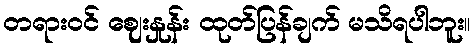
တရားဝင် ဈေးနှုန်း ထုတ်ပြန်ချက် မသိရပါဘူး။